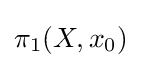
\pi _{1}(X,x_{0})